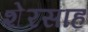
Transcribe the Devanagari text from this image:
शेरसाह